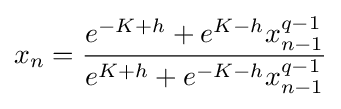
x_{n}={\frac {e^{-K+h}+e^{K-h}x_{n-1}^{q-1}}{e^{K+h}+e^{-K-h}x_{n-1}^{q-1}}}